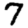
Digit: 7